Annual report of the Punjab Veterinary College and of the Civil Veterinary Department, Punjab - 1926-1932
Year: 1926
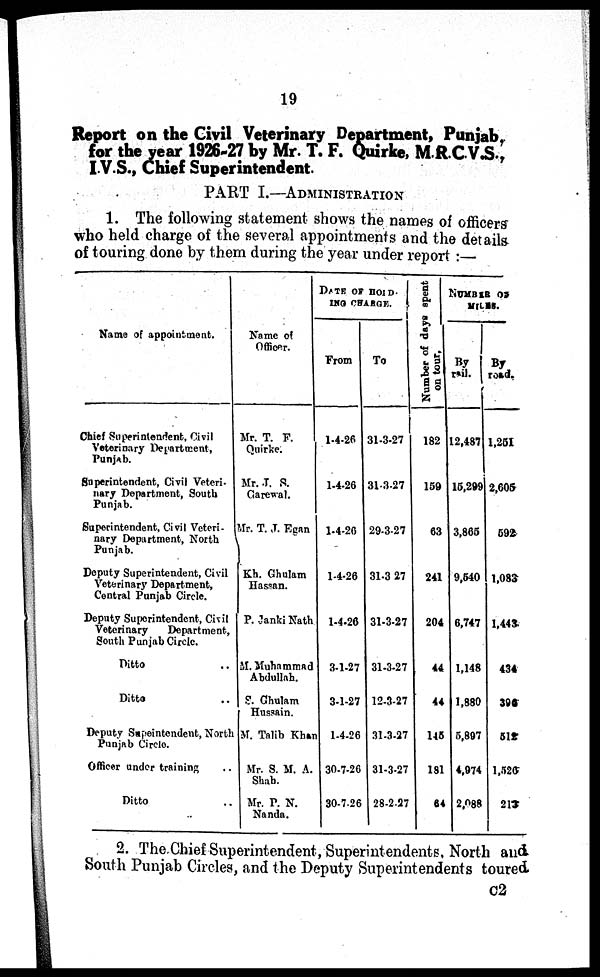
19
Report on the Civil Veterinary Department, Punjab,
for the year 1926-27 by Mr. T. F. Quirke, M.R.C.V.S.,
I.V.S., Chief Superintendent.
PART I.—ADMINISTRATION
1. The following statement shows the names of officers
who held charge of the several appointments and the details
of touring done by them during the year under report:—
Name of appointment.
Chief Superintendent, Civil
Veterinary Department,
Punjab.
Superintendent, Civil Veteri-
nary Department, South
Punjab.
Superintendent, Civil Veteri-
nary Department, North
Punjab.
Deputy Superintendent, Civil
Veterinary Department,
Central Punjab Circle.
Deputy Superintendent, Civil
Veterinary
Department,
South Punjab Circle.
Ditto ..
Ditto ..
Deputy Supeintendent, North
Punjab Circle.
Officer under training ..
Ditto ..
Name of
Officer.
Mr. T. F.
Quirke.
Mr. J. S.
Garewal.
Mr. T. J. Egan
Kh. Ghulam
Hassan.
P. Janki Nath
M. Muhammad
Abdullah.
S. Ghulam
Hussain.
M. Talib Khan
Mr. S. M. A.
Shah.
Mr. P. N.
Nanda.
DATE OF HOLD-
ING CHARGE.
From
1-4-26
1-4-26
1-4-26
1-4-26
1-4-26
3-1-27
3-1-27
1-4-26
30-7-26
30-7-26
To
31-3-27
31-3-27
29-3-27
31-3 27
31-3-27
31-3-27
12-3-27
31-3-27
31-3-27
28-2-27
Number of days spent
on
tour.
182
159
63
241
204
44
44
145
181
64
NUMBER OF
MILES.
By
rail.
12,487
15,299
3,865
9,540
6,747
1,148
1,880
5,897
4,974
2,088
By
road.
1,251
2,605
592
1,083
1,443
434
396
512
1,526
213
2. The Chief Superintendent, Superintendents, North and
South Punjab Circles, and the Deputy Superintendents toured
C 2